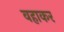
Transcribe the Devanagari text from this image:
वहाकर